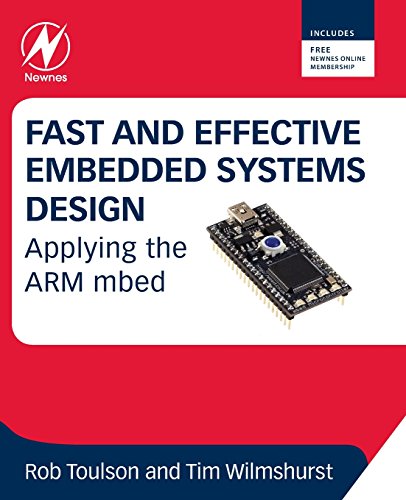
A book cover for Fast and Effective Embedded Systems Design: Applying the ARM mbed; Rob Toulson; Computers & Technology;